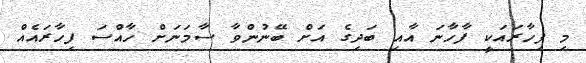
މި ފިހާރައަކީ ފާހާނަ އާއި ބަދިގެ އަށް ބޭނުންވާ ސާމަނަށް ހާއްސަ ފިހާރައެއް